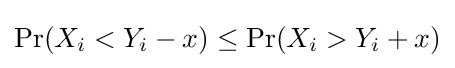
\Pr(X_{i}<Y_{i}-x)\leq \Pr(X_{i}>Y_{i}+x)